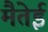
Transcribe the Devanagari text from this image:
मैतेई